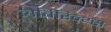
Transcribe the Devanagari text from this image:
लेबिरिन्थ्स